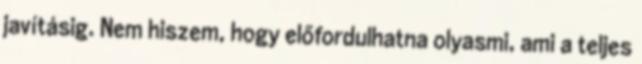
javításig. Nem hiszem, hogy előfordulhatna olyasmi, ami a teljes